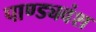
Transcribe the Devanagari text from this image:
पाण्ड्यवंश